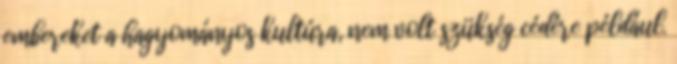
embereket a hagyományos kultúra, nem volt szükség cédére például.